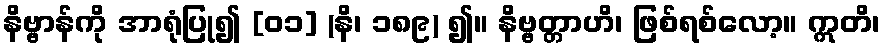
နိဗ္ဗာန်ကို အာရုံပြု၍ [၀၁] (နိ၊ ၁၈၉) ၍။ နိဗ္ဗတ္တာဟိ၊ ဖြစ်ရစ်လော့။ ဣတိ၊